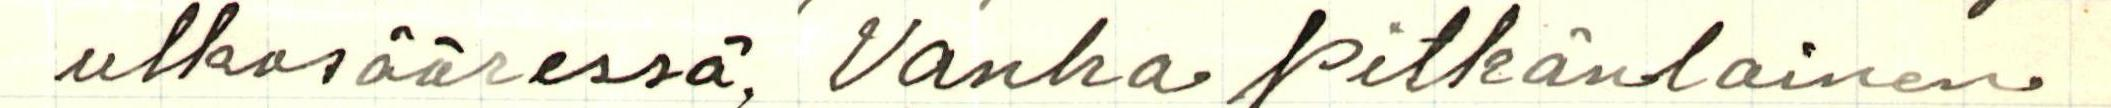
 ulkosääressä. Vanha pitkänlainen